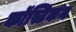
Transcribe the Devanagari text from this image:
कॉस्टिकम